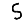
Digit: 5